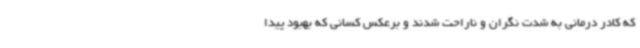
که کادر درمانی به شدت نگران و ناراحت شدند و برعکس کسانی که بهبود پیدا